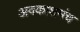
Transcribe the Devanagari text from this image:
अवकाशमंच